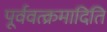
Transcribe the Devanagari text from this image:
पूर्ववत्क्रमादिति